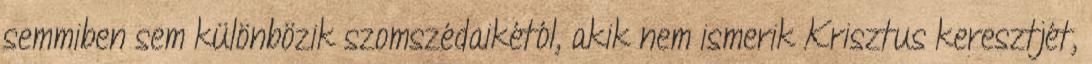
semmiben sem különbözik szomszédaikétól, akik nem ismerik Krisztus keresztjét,